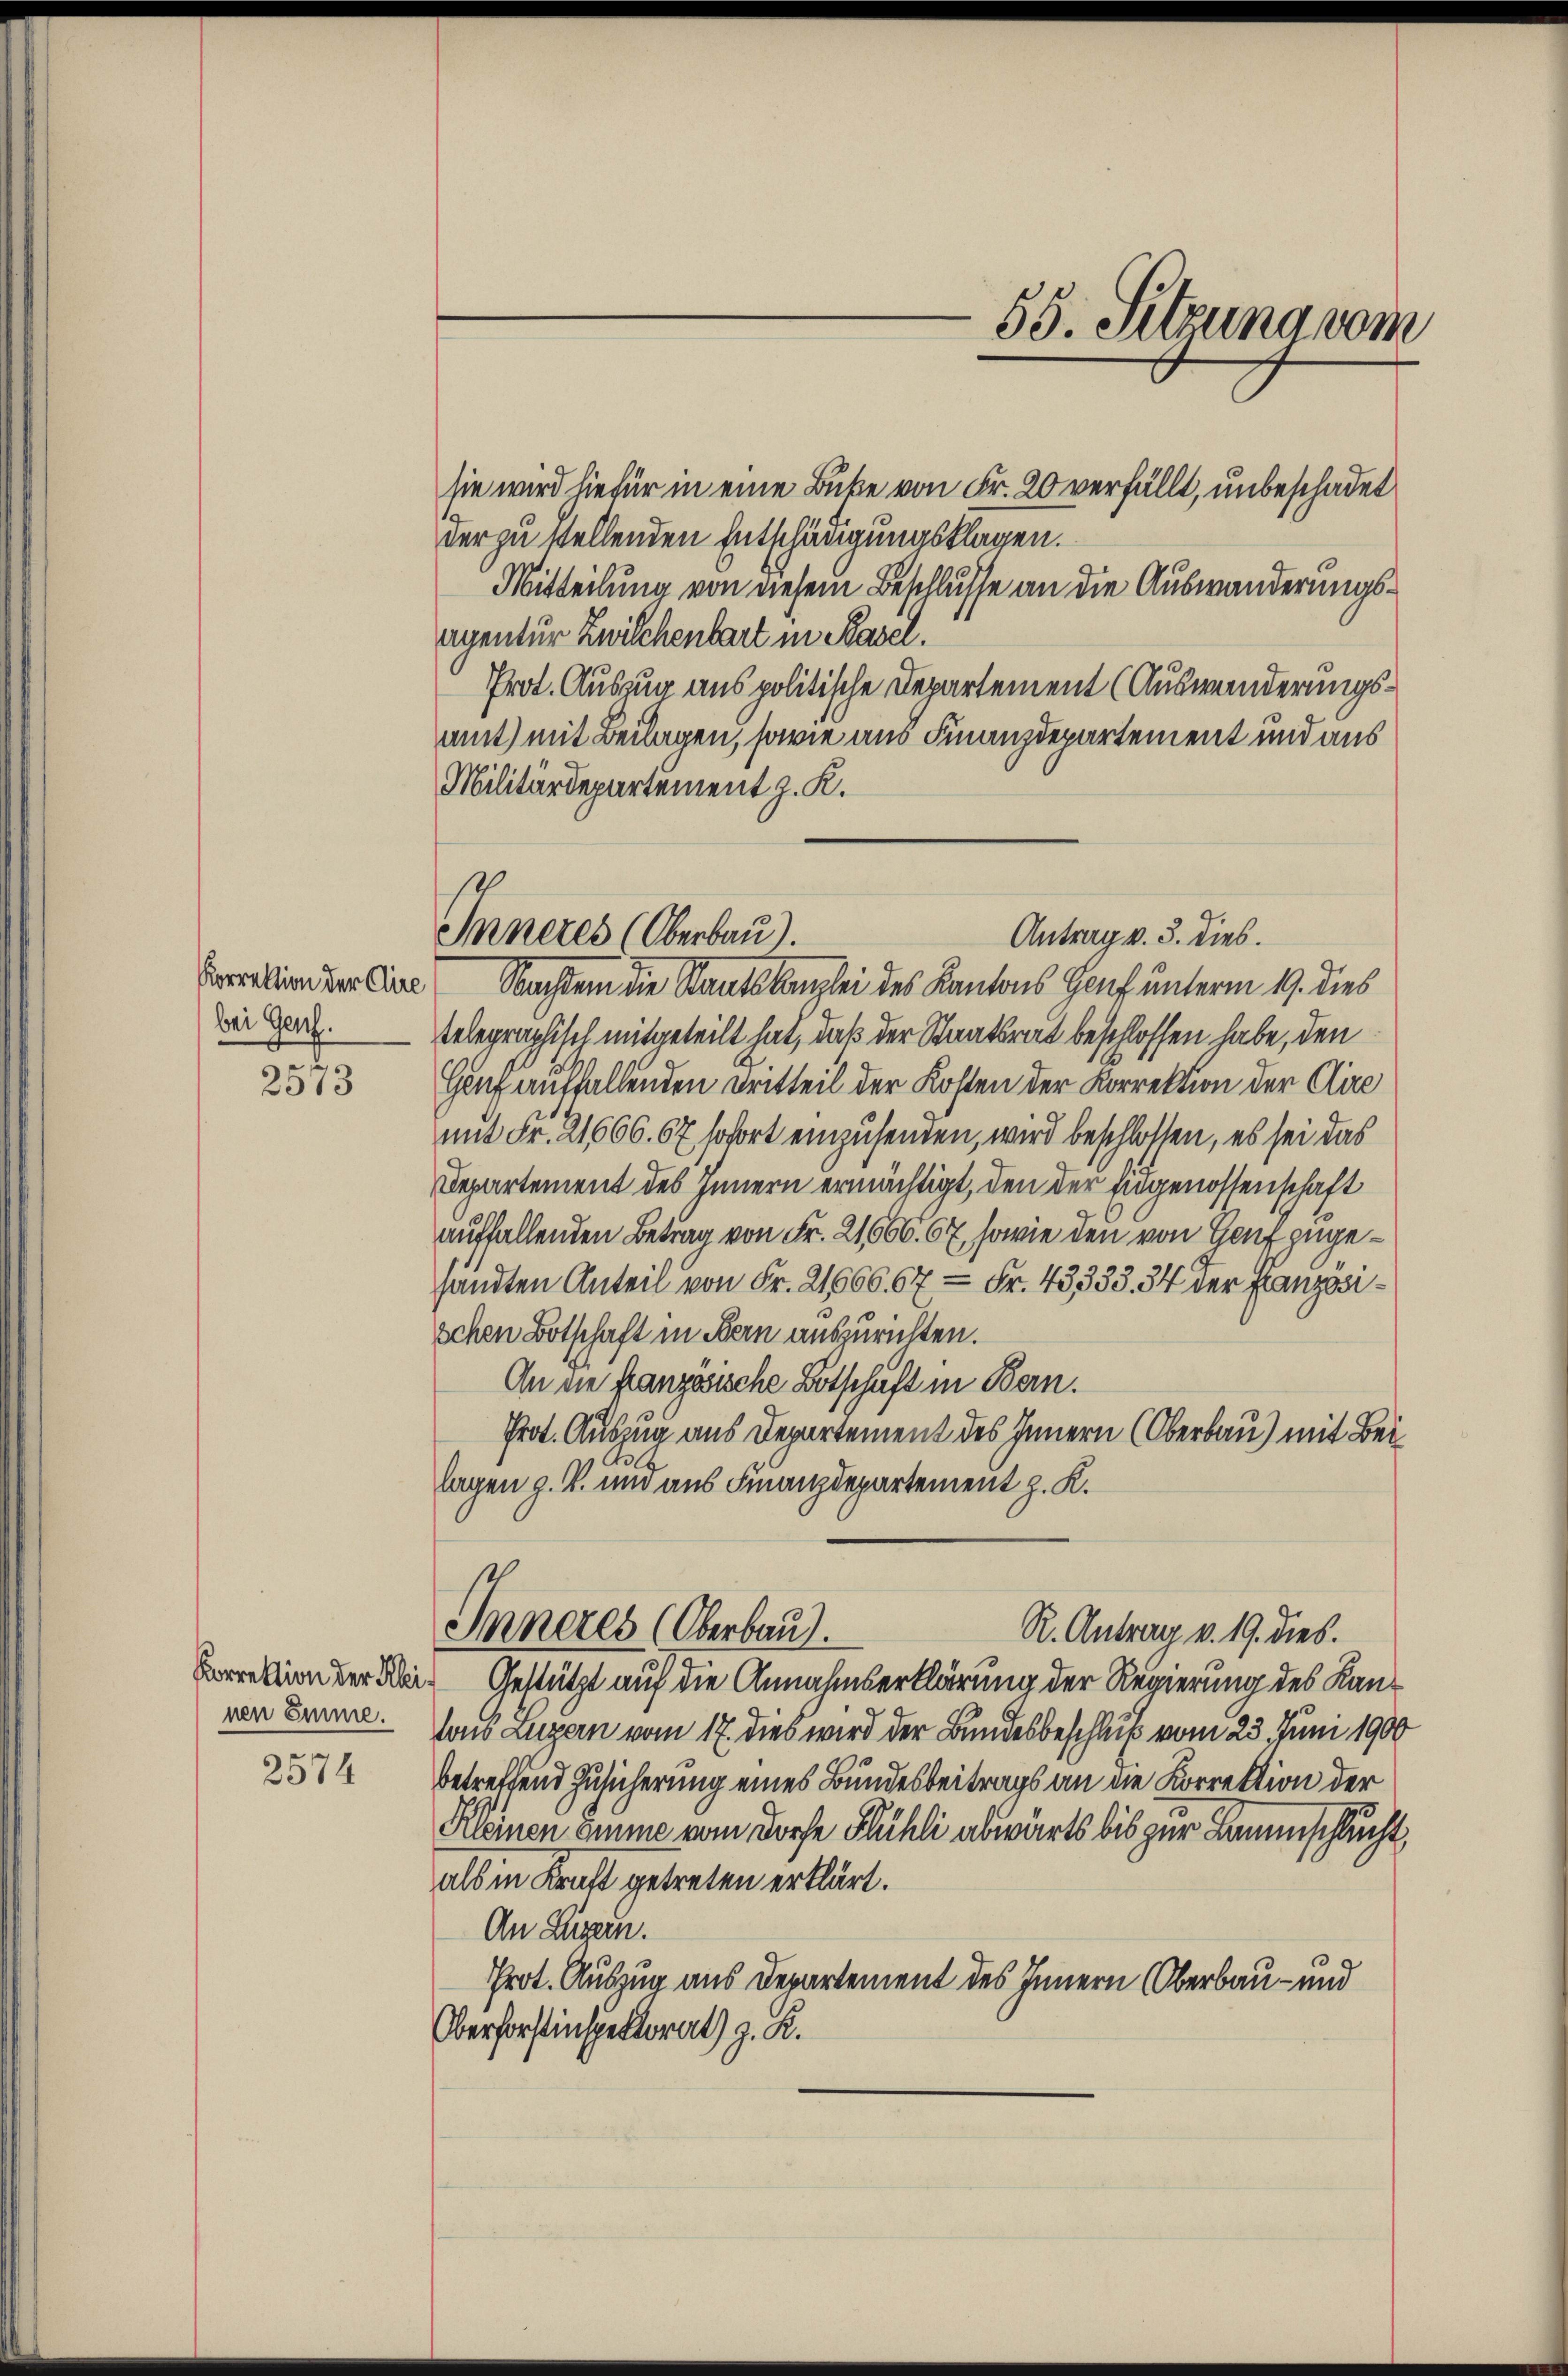
bei Genf.
e

2013

nen Emme.
n
2514

sie wird hiefür in eine Buke von Fr. 20 verfällt, unbeschadet
der zu stellenden Entschädigungsklagen.
Mitteilung von diesem Beschlusse an die Auswanderungsagentur Zwilchenbart in Kaser.
Prot. Auszug aus politische Departement (Auswanderungsmmt) mit Beilagen, sowie aus Finanzdepartement und aus
Militärdepartement z. K.

Inneres (Oberbau).
Antrag v. 3. Dieb.

Inneres (Oberbaut.

Coralien der Eine Nachdem die Staatskanzlei des Kantons Genf unterm 19. dies
telegraphisch mitgeteilt hat, daß der Staatsrat beschlossen habe, den
Genf auffallenden Dritteil der Kosten der Korrektion der Clire
mit Fr. 21666. 67 sofort einzusenden, wird beschlossen, es sei das
Departement des Innern ermächtigt, den der Eidgenossenschaft
auffallenden Betrag von Fr. 21666. 67, sowie den von Genf zugesandten Anteil von Fr. 21666. 67 - Fr. 43333. 34 der Französischen Botschaft in Bern auszurichten.
An die französische Botschaft in Bern.
Prot. Auszug aus Departement des Innern (Oberbau) mit Bei
lagen z. B. und aus Finanzdepartement z. K.

55. Sitzung vom

R. Antrag v. 19. dies.
ration der der Gestützt auf die Annahmserklärung der Regierung des Kanlons Luzern vom 17. dies wird der Bundesbeschluß vom 23. Juni 1900
betreffend Zusicherung eines Bundesbeitrags an die Korrektion der
Kleinen Zimme vom Dorfe Flühli abwärts bis zur Baumschlucht,
als in Kraft getreten erklärt.
An Luzern.
Prot. Auszug aus Departement des Innern Oberbau- und
Oberforstinspektorat) z. R.